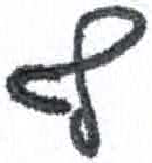
אות: ף